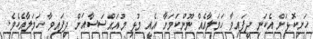
ހަށިކޮޅަށް އެކަނި ދީފައިވާ ހަމަލާއެއް ނޫންކަމަށާ އެއީ މުޅި މުއައްސަސާއަށް ދިފައިވާ ހަމަލާއެކެވެ.